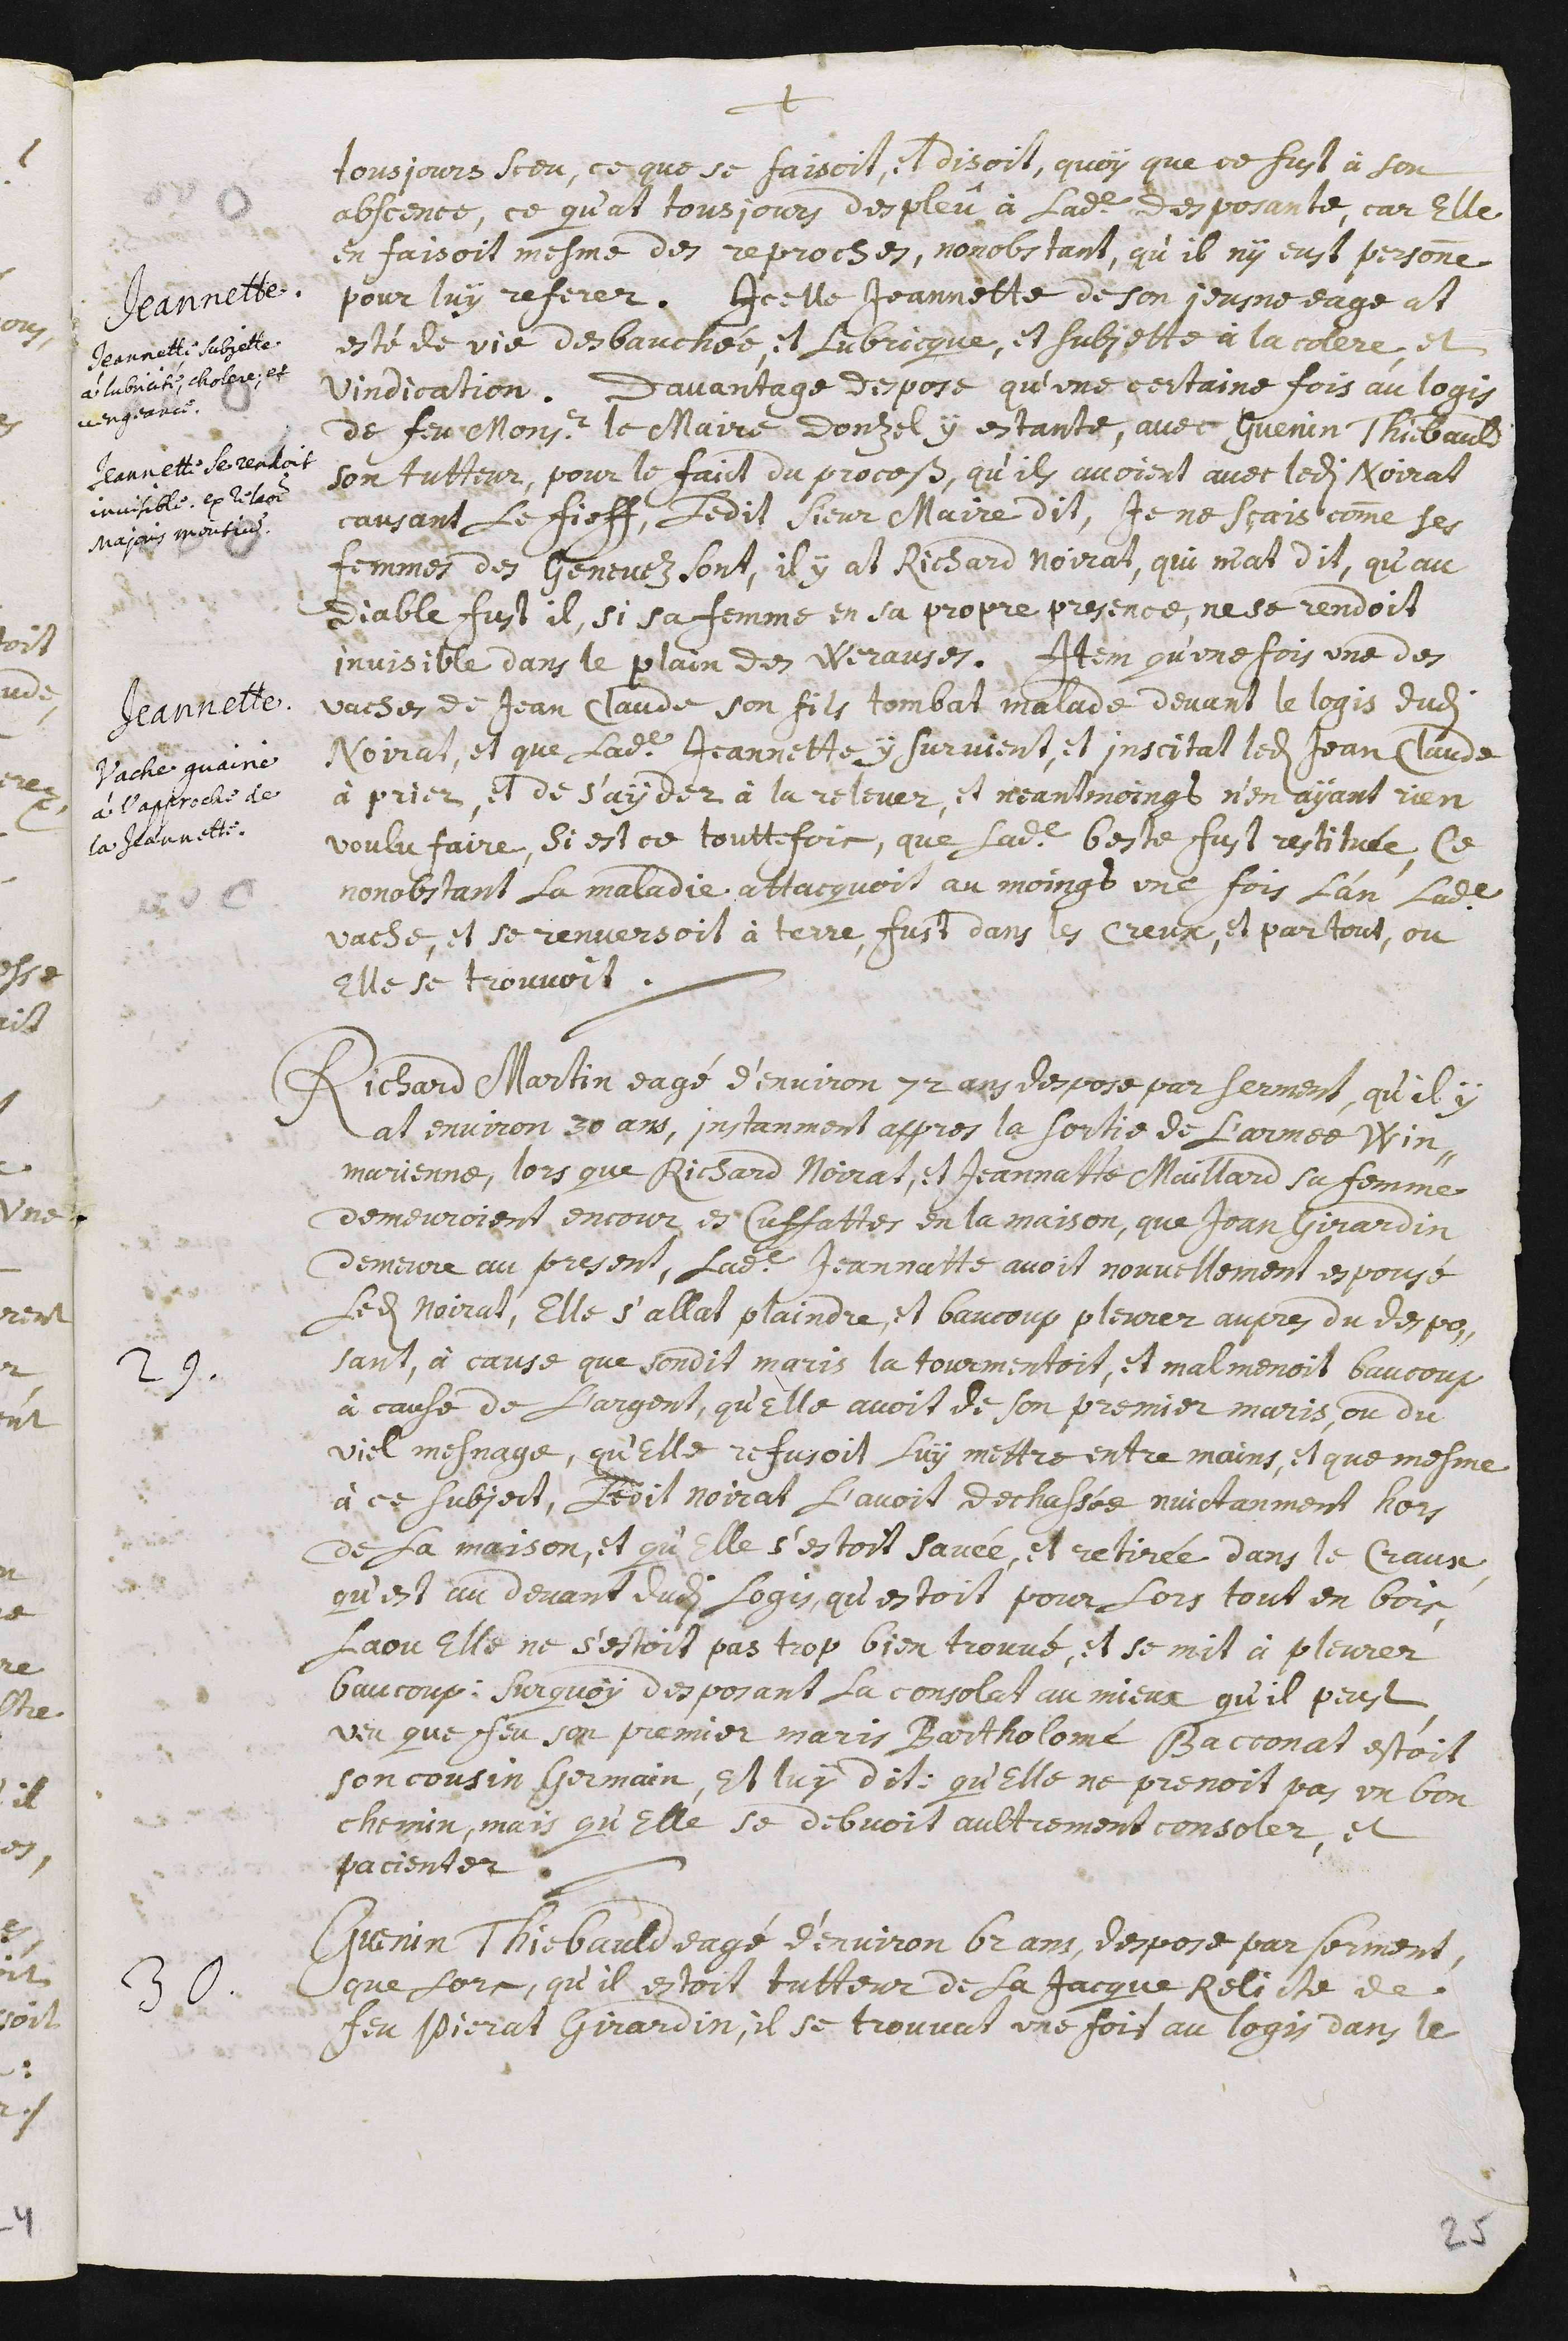
+
tousjours sceu, ce que se faisoit, et disoit, quoy que ce fust à son
abscence, ce qu’at tousjours despleû à ladite desposante, car elle
en faisoit mesme des repoches, nonobstant, qu’il ny eust personne
pour luy referer.
Jeannette.
Jeannette subjette
à lubricité, cholere ; et
vengeance
Icelle Jeannette de son jeusne eage at
esté de vie desbauchée, et lubricque, et subjette à la colere, et
vindication.
Jeannette se rendoit
invisible. Ex relatione
majoris moutium.
Davantage despose qu’une certaine fois au logis
de feu monsieur le maire Donzel y estante, avec Guenin Thiebauld
son tutteur, pour le faict du procets, qu’ils avoient avec ledi Noirat
causant le fieff, ledit sieur Maire dit, Je ne sçais comme ses
femmes des Genevez sont, il y at Richard Noirat, qui m’at dit, qu’au
Diable fust il, si sa femme en sa propre presence, ne se rendoit
invisible dans le plain des Werauses.
Jeannette
Vache guairie
à l’approche de
la Jeannette.
Item qu’une fois une des
vaches de Jean Claude son fils tombat malade devant le logis dudit
Noirat, et que ladite Jeannette y survient, et inscitat ledit Jean Claude
à prier, et de s’ayder à la relever, et neantmoingt n’en ayant rien
voulu faire, si est ce touttefois, que sadite beste fust restituée, ce
nonobstant la maladie attacquoit au moingt une fois l’an ladite
vache, et se renversoit à terre, fust dans les Creux, et partout, ou
elle se trouvoit.
29. Richard Martin eagé d’environ 72 ans, despose par serment, qu’il y
at environ 30 ans, instanment appres la sortie de l’armée Win-
marienne, lors que Richard Noirat, et Jeannatte Maillard sa femme
demeuroient encour es Cuffattes en la maison, que Jean Girardin
demeure au present, ladite Jeannatte avoit nouvellement espousé
ledit Noirat, elle s’allat plaindre, et baucoup pleurer aupres du despo-
sant, à cause que sondit maris la tourmentoit, et malmenoit baucoup
à cause de l’argent, qu’elle avoit de son premier maris, ou du
viel mesnage, qu’elle refusoit luy mettre entre mains, et que mesme
à ce subject, ledit Noirat l’avoit dechassée nuictanment hors
de la maison, et qu’elle s’estoit savée, et retirée dans le Craux,
qu’est au devant dudi logis, qu’estoit pour lors tout en bois,
la ou elle ne s’estoit pas trop bien trouvé, et se mit à pleurer
beaucoup. Sur quoy desposant la consolat au mieux qu’il peust,
veu que feu son premier maris Bartholomé Bacconat estoit
son cousin germain, et luy dit : qu’elle ne prenoit pas un bon
chemin, mais qu’elle se debvoit aultrement consoler, et
pacienter.
30. Guenin Thiebauld eagé d’environ 62 ans, despose par serment,
que lors, qu’il estoit tutteur de la Jacque Relicte de
feu Pierat Girardin, il se trouvat une fois au logis dans le